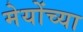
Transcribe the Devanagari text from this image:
मेयोंच्या